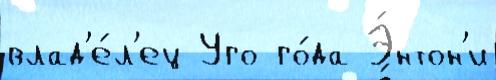
влад'е́л'ец Уго го́да Э́нтон'и